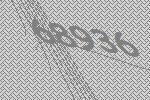
68936